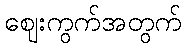
ဈေးကွက်အတွက်